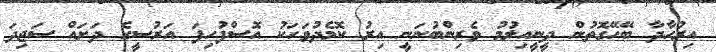
އިރުހާދާ ބޭހޭގޮތުން ދީނީއިލުމު ވެރިންބުނަނީ އިރު ކޮމެދުވަހަކު އޮސްފުހިފަ އަރުސީގެ ދަށައް ސަޖިދަ